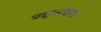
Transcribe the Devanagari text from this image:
पशुसंख्या